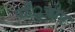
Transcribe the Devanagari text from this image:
पहँुचाए